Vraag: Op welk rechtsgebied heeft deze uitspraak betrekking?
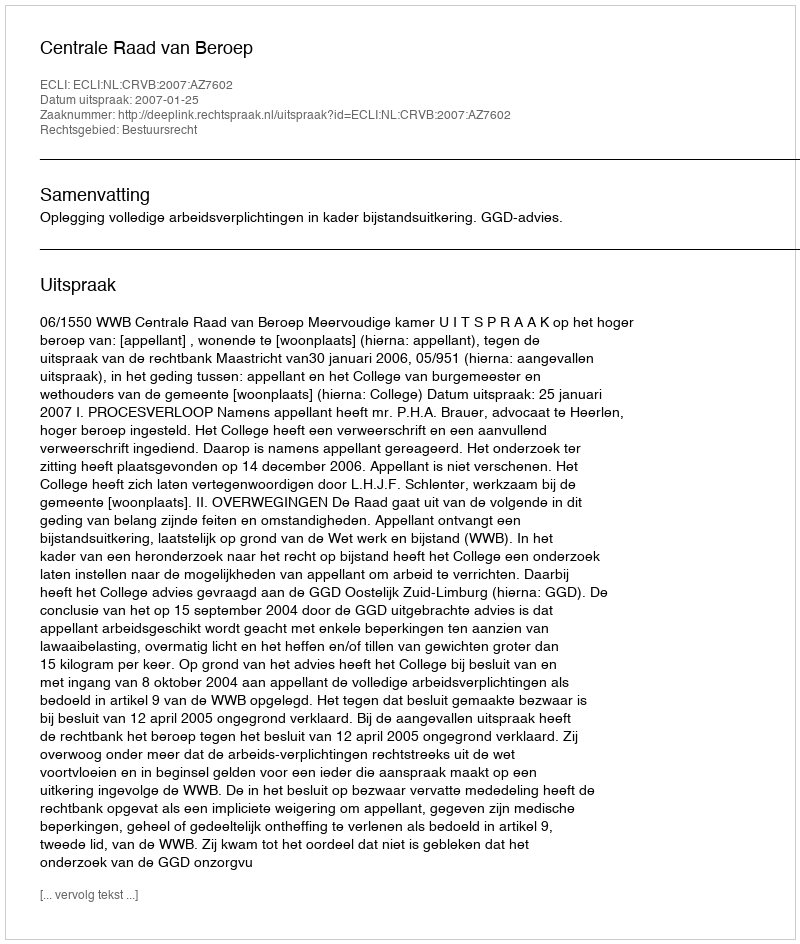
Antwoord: Bestuursrecht